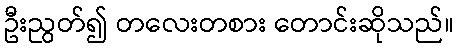
ဦးညွတ်၍ တလေးတစား တောင်းဆိုသည်။